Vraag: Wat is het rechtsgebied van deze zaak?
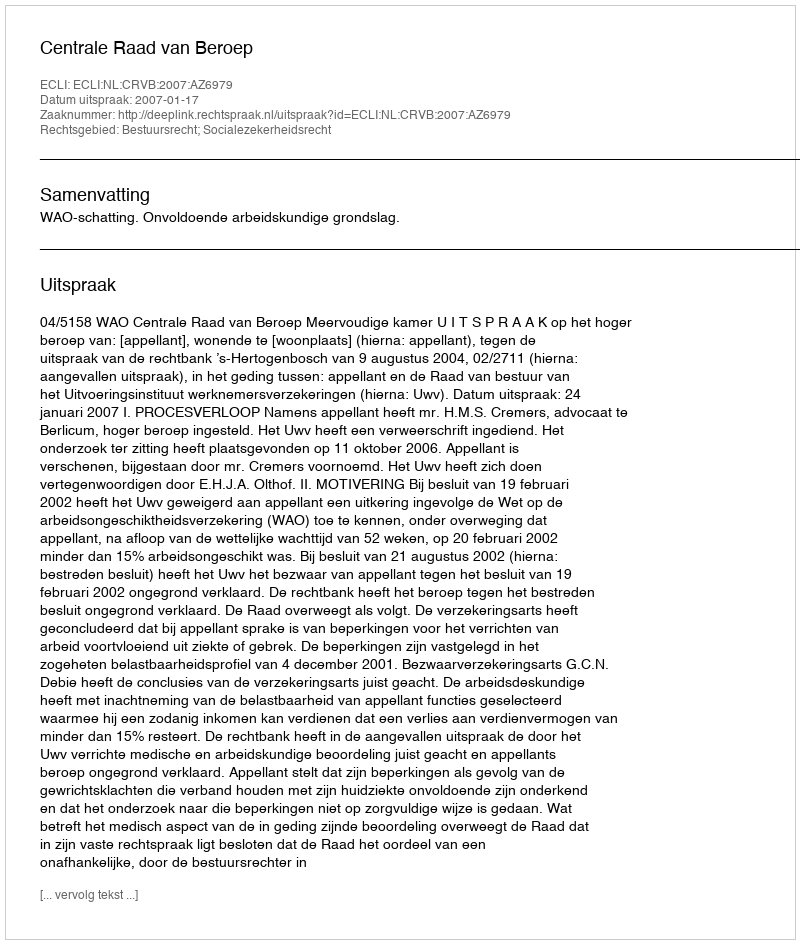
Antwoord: Bestuursrecht; Socialezekerheidsrecht